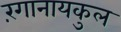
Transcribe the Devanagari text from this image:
रंगानायकुल